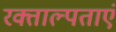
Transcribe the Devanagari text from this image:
रक्ताल्पताएं